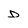
Character: D